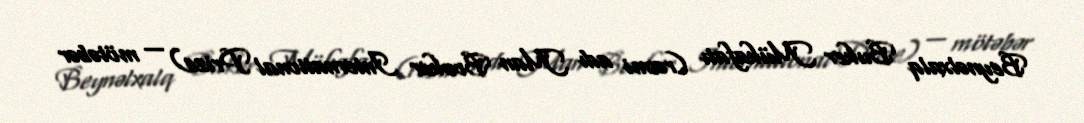
Beynəlxalq Buker Mükafatı (rəsmi adı Man Booker International Prize) — mötəbər